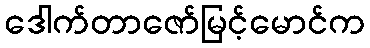
ဒေါက်တာဇော်မြင့်မောင်က